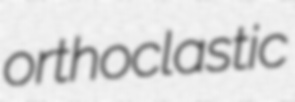
orthoclastic